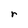
Character: r